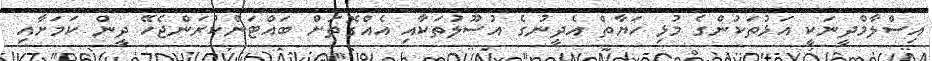
އިސްލާމްދީނަކީ އަޅުތަކުންގެ މުޅި ހަޔާތް އެދީނުގެ އުސޫލުތަކާއި އެއްގޮތަށް ބައްޓަންކުރަންޖެހޭ ދީން ކަމަށާއި